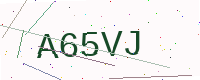
Text: A65VJ